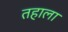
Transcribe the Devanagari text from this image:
तहाला